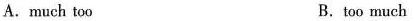
A.much too B.too much